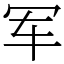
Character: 军